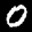
Label: 0